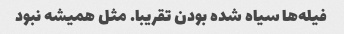
فیله‌ها سیاه شده بودن تقریبا. مثل همیشه نبود